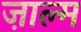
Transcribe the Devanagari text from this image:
ज़ाल्म